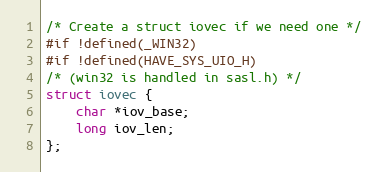
Language: C
/* Create a struct iovec if we need one */
#if !defined(_WIN32)
#if !defined(HAVE_SYS_UIO_H)
/* (win32 is handled in sasl.h) */
struct iovec {
    char *iov_base;
    long iov_len;
};